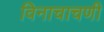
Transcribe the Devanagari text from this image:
विनाचाचणी